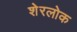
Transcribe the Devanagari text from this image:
शेरलोक